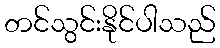
တင်သွင်းနိုင်ပါသည်